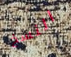
النسخ